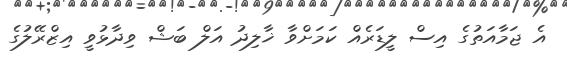
އެ ޖަމާއަތުގެ އިސް ލީޑަރެއް ކަމަށްވާ ޚާލިދު އަލް ބަޝް ވިދާޅުވީ އިޒްރޭލުގެ